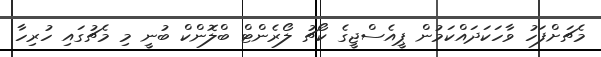
މެޗަށްފަހު ވާހަކަދައްކަމުން ޕީއެސްޖީގެ ކޯޗު ލޯރެންޓް ބްލޮންކް ބުނީ މި މެޗުގައި ހުރިހާ